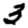
Digit: 3